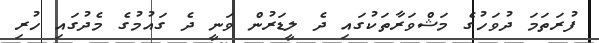
ފުރަތަމަ ދުވަހުގެ މަޝްވަރާތަކުގައި ދެ ލީޑަރުން ވަނީ ދެ ގައުމުގެ މެދުގައި ހުރި